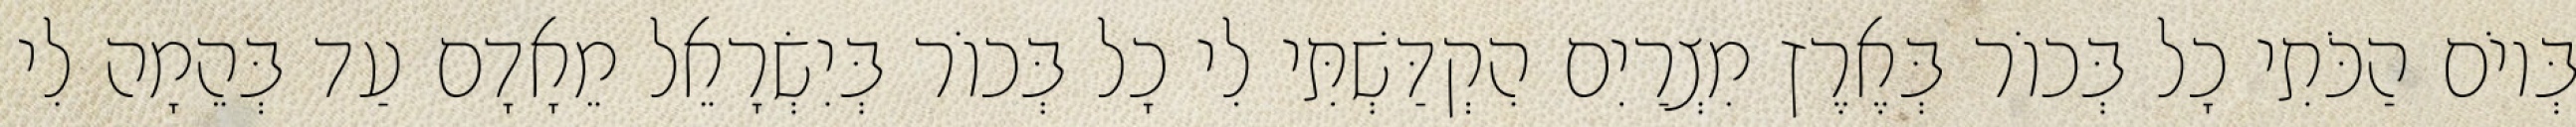
בְּיוֹם הַכֹּתִי כָל בְּכוֹר בְּאֶרֶץ מִצְרַיִם הִקְדַּשְׁתִּי לִי כָל בְּכוֹר בְּיִשְׂרָאֵל מֵאָדָם עַד בְּהֵמָה לִי